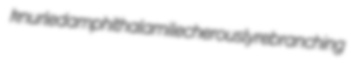
knurled amphithalami lecherously rebranching